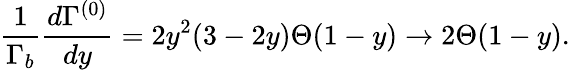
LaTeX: \frac{1}{\Gamma_{b}}\frac{d\Gamma^{(0)}}{dy}=2y^{2}(3-2y)\Theta(1-y)\to 2\Theta(1-y).